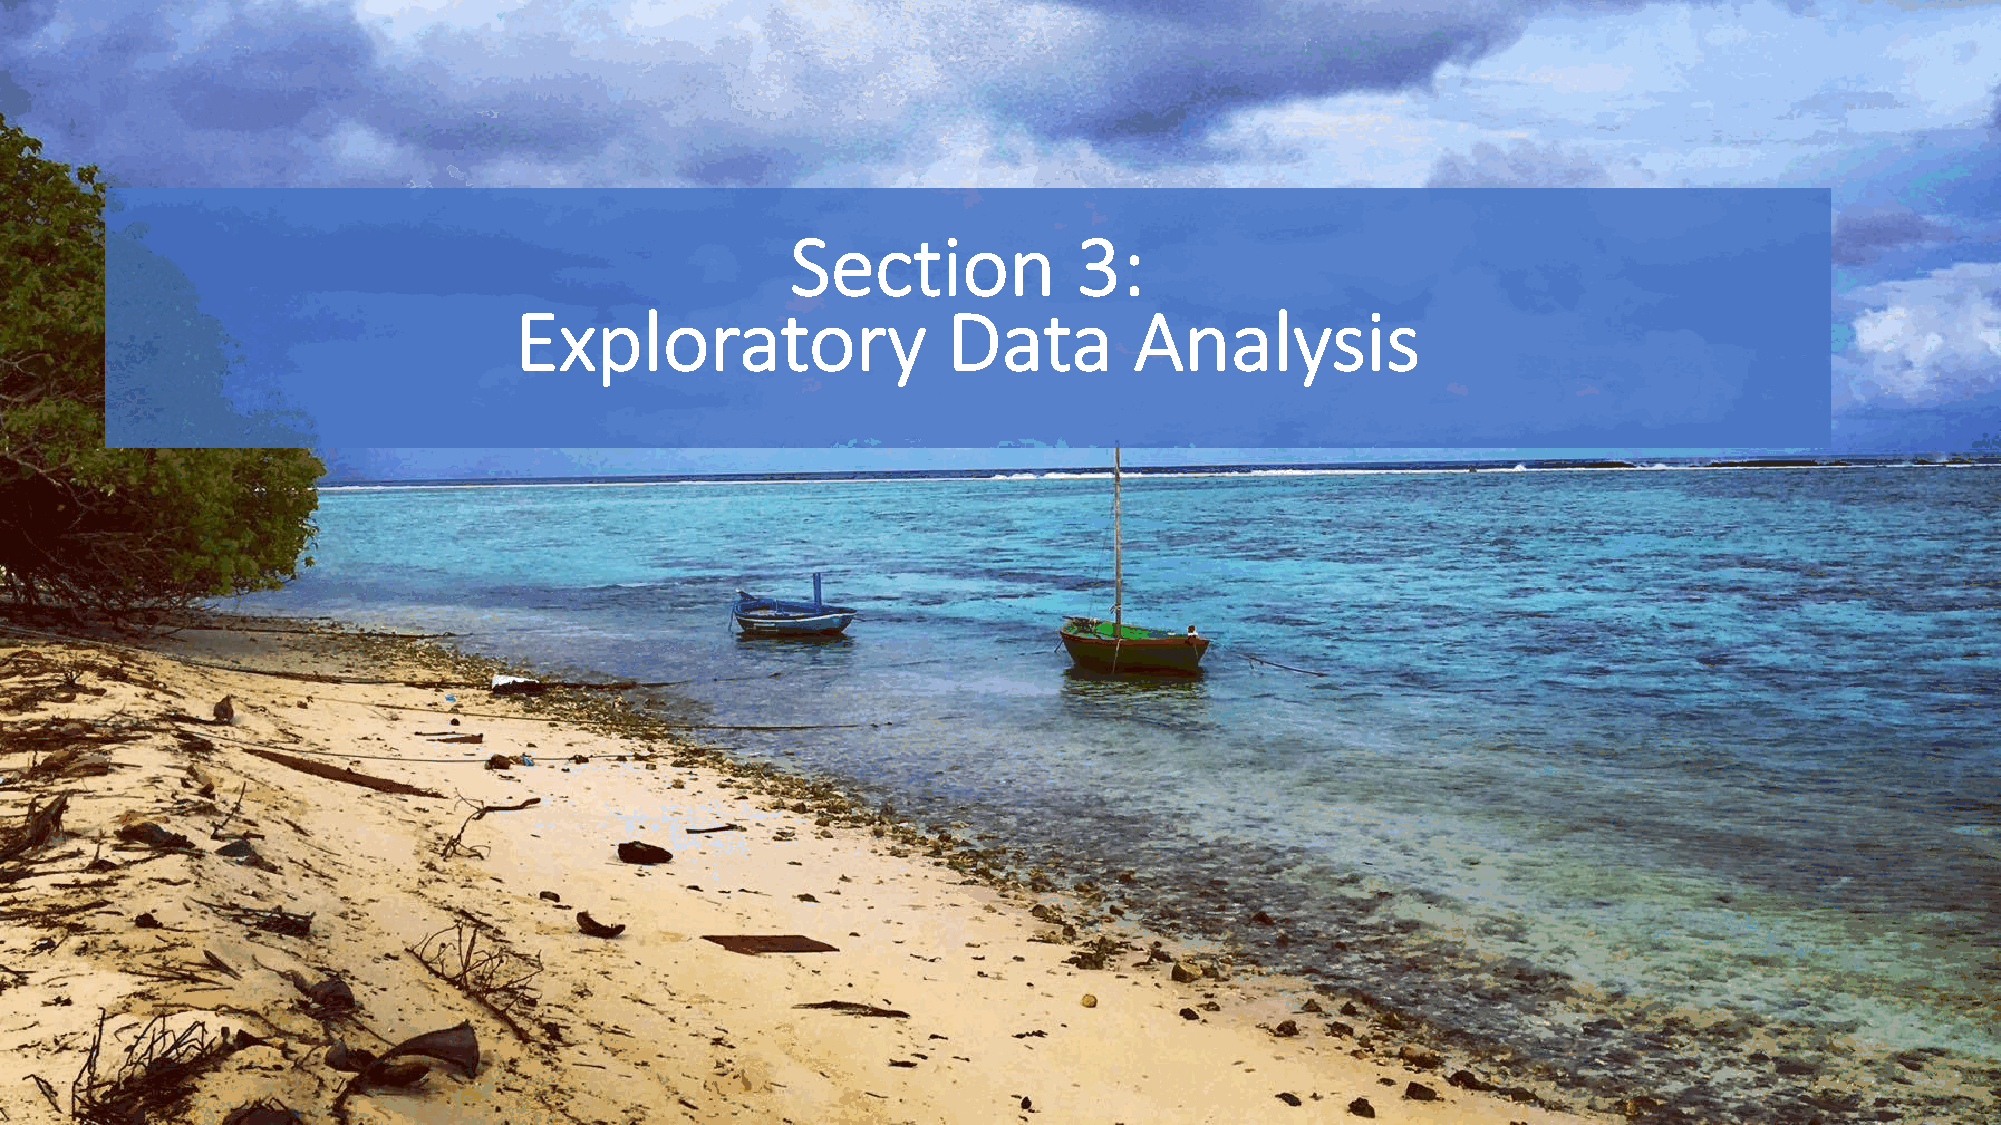
Section            3:
 Exploratory                  Data        Analysis